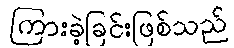
ကြားခဲ့ခြင်းဖြစ်သည်